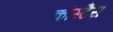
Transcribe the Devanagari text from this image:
कांस्टैंस